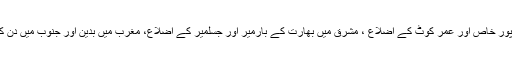
اس کے شمال میں میر پور خاص اور عمر کوٹ کے اضلاع ، مشرق میں بھارت کے بارمیر اور جسلمیر کے اضلاع، مغرب میں بدین اور جنوب میں دن کچھ کا تنازع علاقہ ہے۔